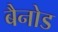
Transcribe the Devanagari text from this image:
बैनोड